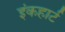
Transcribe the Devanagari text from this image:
इंकहार्ट